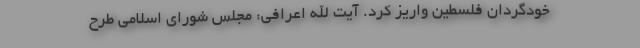
خودگردان فلسطین واریز کرد. آیت الله اعرافی: مجلس شورای اسلامی طرح